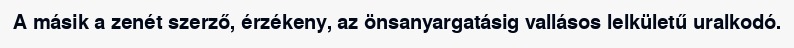
A másik a zenét szerző, érzékeny, az önsanyargatásig vallásos lelkületű uralkodó.